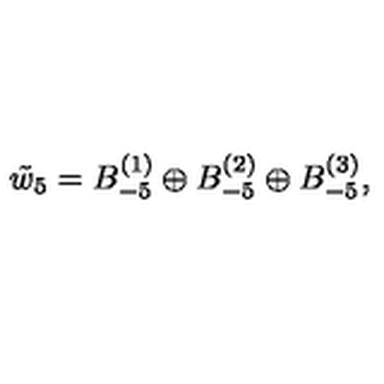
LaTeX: \tilde { w } _ { 5 } = B _ { - 5 } ^ { ( 1 ) } \oplus B _ { - 5 } ^ { ( 2 ) } \oplus B _ { - 5 } ^ { ( 3 ) } ,